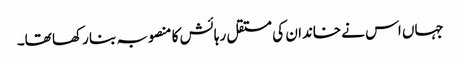
جہاں اس نے خاندان کی مستقل رہائش کا منصوبہ بنا رکھا تھا۔